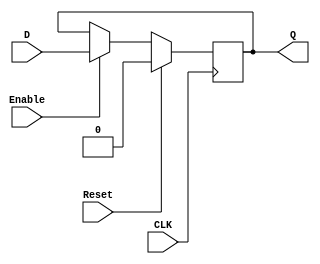
module DFF1 (Reset, Enable, D, CLK, Q);

input D; 
input Enable, Reset;
input CLK; 

output reg Q; 

always @(posedge CLK)
begin
	if (Reset)
		Q <= 1'b0;
	else
		if (Enable)
			Q <= D;
end
endmodule